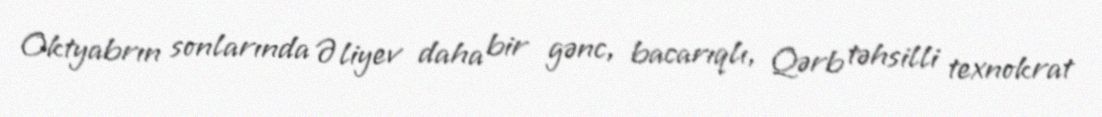
Oktyabrın sonlarında Əliyev daha bir gənc, bacarıqlı, Qərb təhsilli texnokrat